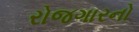
રોજગારનો